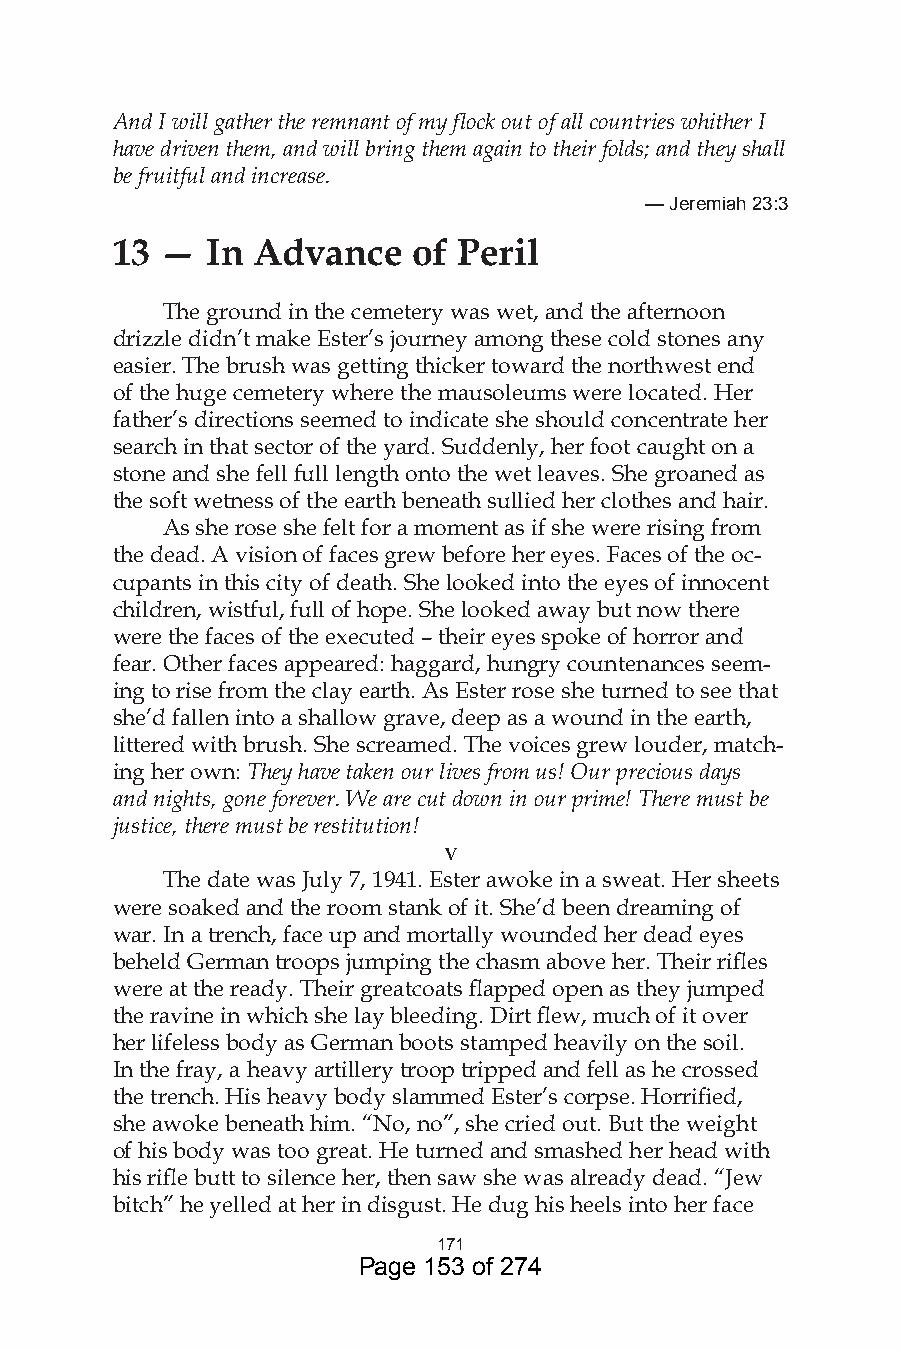
And I will gather the remnant of my flock out of all countries whither I
 have driven them, and will bring them again to their folds; and they shall
 be fruitful and increase.
 — Jeremiah :
 13  —  In Advance   of Peril
 The ground in the cemetery was wet, and the afternoon
 drizzle didn’t make Ester’s journey among these cold stones any
 easier. The brush was getting thicker toward the northwest end
 of the huge cemetery where the mausoleums were located. Her
 father’s directions seemed to indicate she should concentrate her
 search in that sector of the yard. Suddenly, her foot caught on a
 stone and she fell full length onto the wet leaves. She groaned as
 the soft wetness of the earth beneath sullied her clothes and hair.
 As she rose she felt for a moment as if she were rising from
 the dead. A vision of faces grew before her eyes. Faces of the oc-
 cupants in this city of death. She looked into the eyes of innocent
 children, wistful, full of hope. She looked away but now there
 were the faces of the executed – their eyes spoke of horror and
 fear. Other faces appeared: haggard, hungry countenances seem-
 ing to rise from the clay earth. As Ester rose she turned to see that
 she’d fallen into a shallow grave, deep as a wound in the earth,
 littered with brush. She screamed. The voices grew louder, match-
 ing her own: They have taken our lives from us! Our precious days
 and nights, gone forever. We are cut down in our prime! There must be
 justice, there must be restitution!
 v
 The date was July 7, 1941. Ester awoke in a sweat. Her sheets
 were soaked and the room stank of it. She’d been dreaming of
 war. In a trench, face up and mortally wounded her dead eyes
 beheld German troops jumping the chasm above her. Their rifles
 were at the ready. Their greatcoats flapped open as they jumped
 the ravine in which she lay bleeding. Dirt flew, much of it over
 her lifeless body as German boots stamped heavily on the soil.
 In the fray, a heavy artillery troop tripped and fell as he crossed
 the trench. His heavy body slammed Ester’s corpse. Horrified,
 she awoke beneath him. “No, no”, she cried out. But the weight
 of his body was too great. He turned and smashed her head with
 his rifle butt to silence her, then saw she was already dead. “Jew
 bitch” he yelled at her in disgust. He dug his heels into her face
 7
 Page 153 of 274